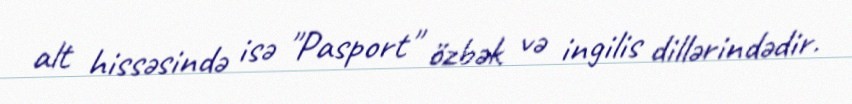
alt hissəsində isə "Pasport" özbək və ingilis dillərindədir.